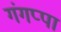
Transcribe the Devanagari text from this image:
गंगप्पा